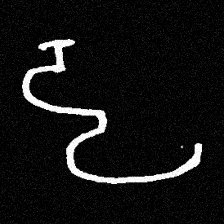
Pyu character \u2014 Myanmar letter: ဠ (romanized: lla)